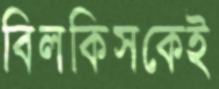
বিলকিসকেই